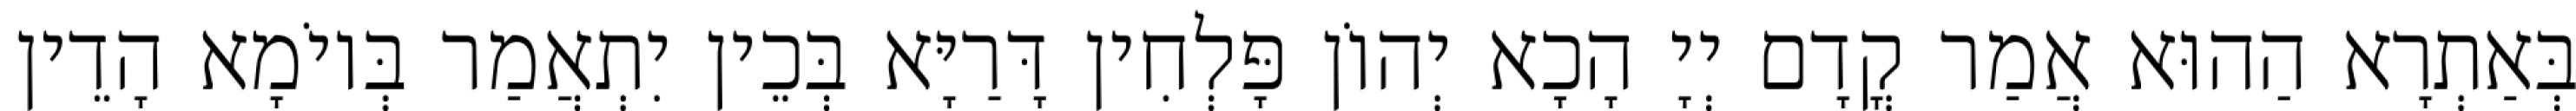
בְּאַתְרָא הַהוּא אֲמַר קֳדָם יְיָ הָכָא יְהוֹן פָּלְחִין דָּרַיָּא בְּכֵין יִתְאֲמַר בְּיוֹמָא הָדֵין